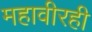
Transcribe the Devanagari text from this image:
महावीरही